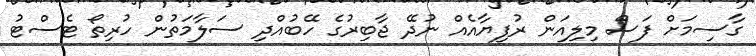
ގާސިމަށް ފަސް މިލިއަން ރުފިޔާއެއް ނުދޭ ޖާބިރުގެ ހޭބުއްދި ސަލާމަތުން ހުރިތޯ ޓެސްޓު